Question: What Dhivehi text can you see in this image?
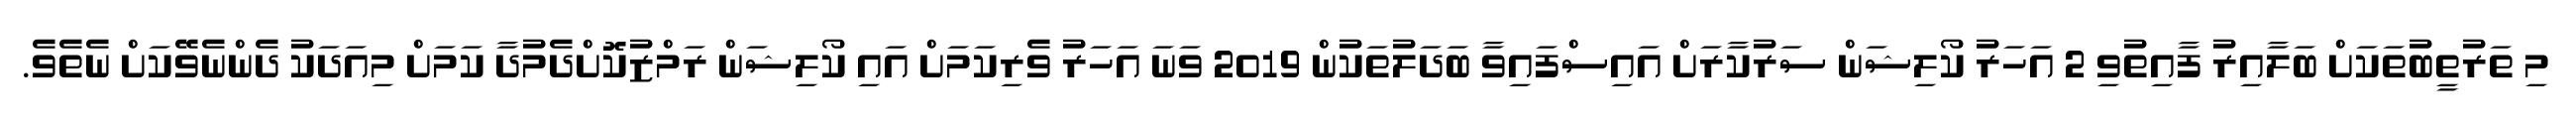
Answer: މި ތަރުތީބުތަކަށް ބަލާއިރު ފާއިތުވި 2 އަހަރު ކޯލިޝަން ސަރުކާރަށް އައިސްފައިވާ ބަދަލުތަކުން 2019 ވަނަ އަހަރު ވެރިކަމަށް އައި ކޯލިޝަން ރަމްޒުކޮށްދެމުދާ ކަމަށް މިއަދަކު ދެންނެވޭކަށް ނެތެވެ.